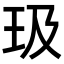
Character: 𪻏